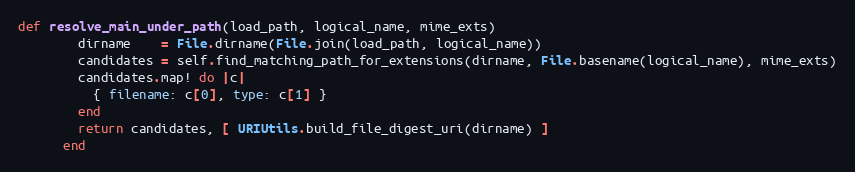
Language: Ruby
def resolve_main_under_path(load_path, logical_name, mime_exts)
        dirname    = File.dirname(File.join(load_path, logical_name))
        candidates = self.find_matching_path_for_extensions(dirname, File.basename(logical_name), mime_exts)
        candidates.map! do |c|
          { filename: c[0], type: c[1] }
        end
        return candidates, [ URIUtils.build_file_digest_uri(dirname) ]
      end